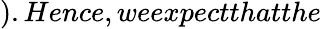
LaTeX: ).Hence,weexpectthatthe